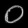
Digit: ၀